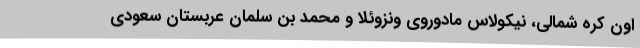
اون کره شمالی، نیکولاس مادوروی ونزوئلا و محمد بن سلمان عربستان سعودی